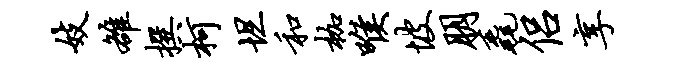
妓雒撰柯坦和枷喉坡朋毳侣享